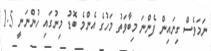
ނަމަވެސް ގިނައިން ފެންނަ މިބާވަތު މަހުގެ އެންމެ ބޮޑު މިނުގައި ހުންނަނީ 1.5